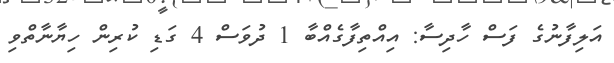
އަލިފާނުގެ ފަސް ހާދިސާ: އިއްތިފާގެއްބާ 1 ދުވަސް 4 ގަޑި ކުރިން ހިޔާނާތްވި